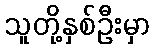
သူတို့နှစ်ဦးမှာ